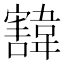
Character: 𩏓